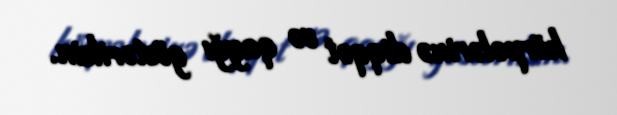
körpələrinə diqqət və qayğı göstərilsin.